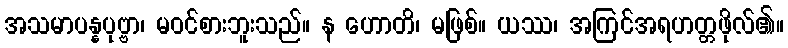
အသမာပန္နပုဗ္ဗာ၊ မဝင်စားဘူးသည်။ န ဟောတိ၊ မဖြစ်။ ယဿ၊ အကြင်အရဟတ္တဖိုလ်၏။